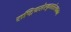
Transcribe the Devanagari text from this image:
राष्ट्रियसंस्कृतसंस्थानम